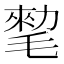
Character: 𰚨